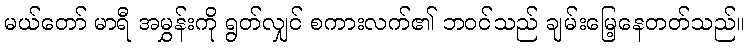
မယ်တော် မာရီ အမွှန်းကို ရွတ်လျှင် စကားလက်၏ ဘဝင်သည် ချမ်းမြေ့နေတတ်သည်။